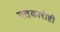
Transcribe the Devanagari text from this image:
गतकारीही